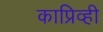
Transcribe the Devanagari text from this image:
काप्रिव्ही